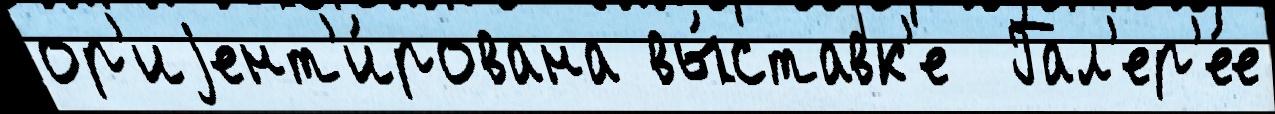
ор'иjент'и́рована вы́ставк'е  Гал'ер'е́е